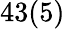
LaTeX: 43(5)